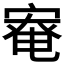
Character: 𡩯